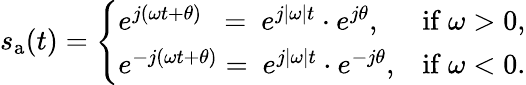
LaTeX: s_{\mathrm{a}}(t)={\left\{ \begin{array}{ll}{e^{j(\omega t+\theta)}\ \ =\ e^{j|\omega|t}\cdot e^{j\theta},}&{{\mathrm{if}}\ \omega>0,}\\ {e^{-j(\omega t+\theta)}=\ e^{j|\omega|t}\cdot e^{-j\theta},}&{{\mathrm{if}}\ \omega<0.}\end{array}\right.}